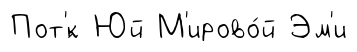
Пот'́к Юй М'ирово́й Эм'и